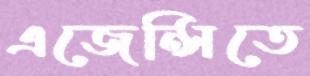
এজেন্সিতে